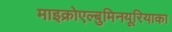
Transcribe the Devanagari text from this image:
माइक्रोएल्बुमिनयूरियाका